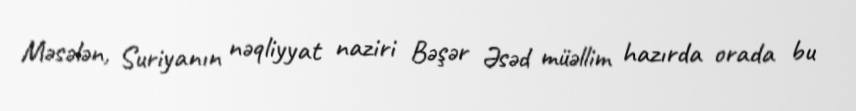
Məsələn, Suriyanın nəqliyyat naziri Bəşər Əsəd müəllim hazırda orada bu